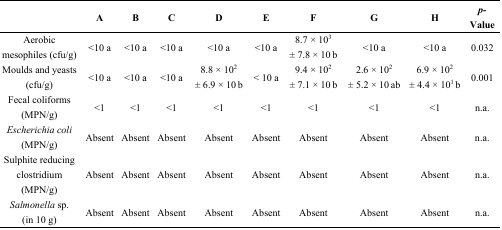
|  | A | B | C | D | E | F | G | H | p-Value |
 | --- | --- | --- | --- | --- | --- | --- | --- | --- | --- |
 | Aerobic mesophiles (cfu/g) | <10 a | <10 a | <10 a | <10 a | <10 a | 8.7 × 103 ± 7.8 × 10 b | <10 a | <10 a | 0.032 |
 | Moulds and yeasts (cfu/g) | <10 a | <10 a | <10 a | 8.8 × 102 ± 6.9 × 10 b | < 10 a | 9.4 × 102 ± 7.1 × 10 b | 2.6 × 102 ± 5.2 × 10 ab | 6.9 × 102 ± 4.4 × 101 b | 0.001 |
 | Fecal coliforms (MPN/g) | <1 | <1 | <1 | <1 | <1 | <1 | <1 | <1 | n.a. |
 | Escherichia coli (MPN/g) | Absent | Absent | Absent | Absent | Absent | Absent | Absent | Absent | n.a. |
 | Sulphite reducing clostridium (MPN/g) | Absent | Absent | Absent | Absent | Absent | Absent | Absent | Absent | n.a. |
 | Salmonella sp. (in 10 g) | Absent | Absent | Absent | Absent | Absent | Absent | Absent | Absent | n.a. |